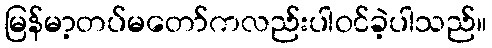
မြန်မာ့တပ်မတော်ကလည်းပါဝင်ခဲ့ပါသည်။